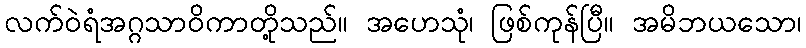
လက်ဝဲရံအဂ္ဂသာဝိကာတို့သည်။ အဟေသုံ၊ ဖြစ်ကုန်ပြီ။ အမိဘယသော၊